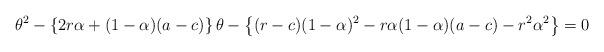
LaTeX: \begin{align*} \theta^2 -\left\lbrace 2r\alpha+(1-\alpha)(a-c) \right\rbrace \theta -\left\lbrace (r-c)(1-\alpha)^2-r\alpha (1-\alpha)(a-c)-r^2\alpha^2 \right\rbrace =0 \end{align*}